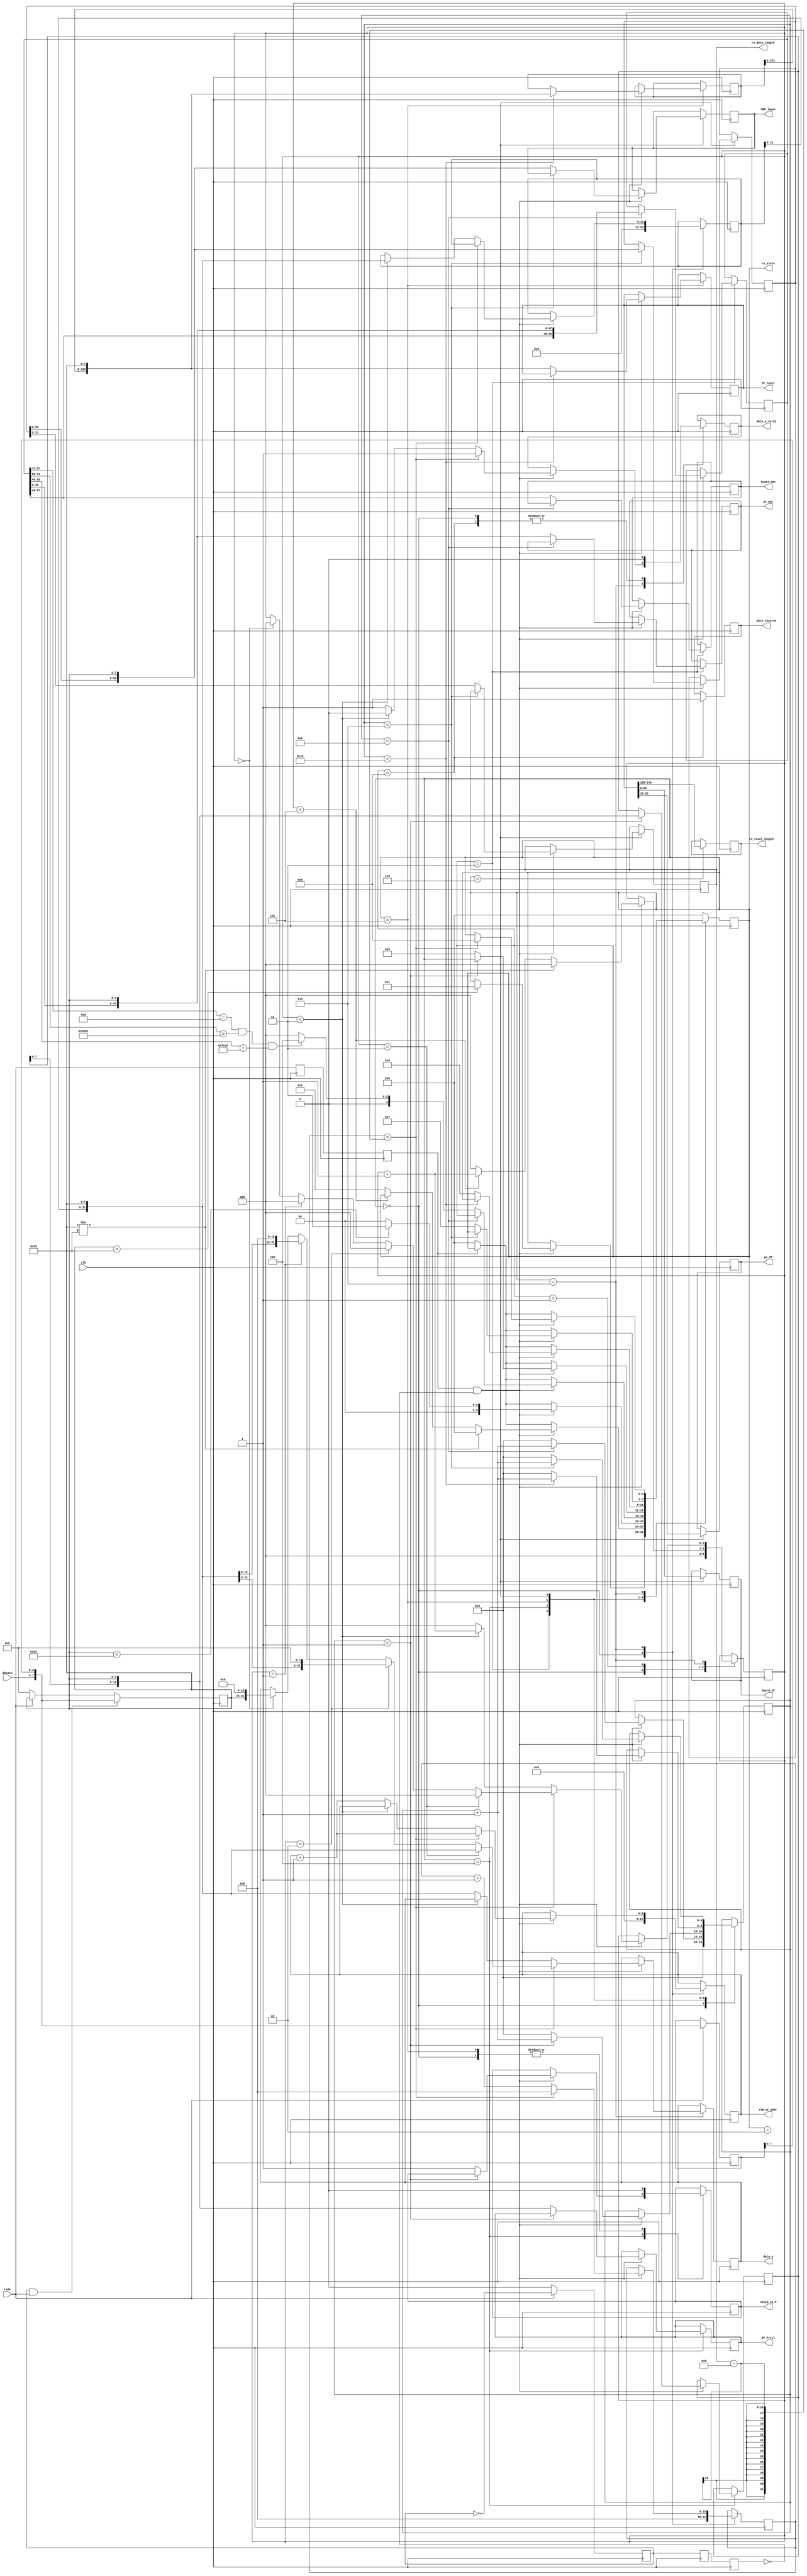
`timescale 1ns / 1ps

module m_iprecieve(
					 input                  clk,
					 input       [3:0]      datain,
					 input                  rxdv,

					 output reg [47:0]      board_mac,
					 output reg [47:0]      pc_mac,
					 output reg [15:0]      IP_Prtcl,
					 output reg [159:0]     IP_layer,
					 output reg [31:0]      pc_IP,
					 output reg [31:0]      board_IP,
					 output reg [63:0]      UDP_layer,
					 output reg [31:0]      data_o,
					 output reg             valid_ip_P,
					 output reg [15:0]      rx_total_length,         //UDP frame
					 output reg             data_o_valid,            //added for receive test// 					 
					 output reg [3:0]       rx_state,
					 output reg [15:0]      rx_data_length,	       //UDP				 
  
					 output reg [8:0]       ram_wr_addr,
					 output reg             data_receive

				);
	 
reg [15:0] myIP_Prtcl;
reg [159:0] myIP_layer;
reg [63:0] myUDP_layer;
reg [31:0] mydata; 
reg [2:0] byte_counter;
reg [4:0] state_counter;
reg [95:0] mymac;
reg [15:0] data_counter;


 
parameter idle=4'd0,six_55=4'd1,spd_d5=4'd2,rx_mac=4'd3,rx_IP_Protocol=4'd4,
          rx_IP_layer=4'd5,rx_UDP_layer=4'd6,rx_data=4'd7,rx_finish=4'd8;
	 
initial
begin
	 rx_state<=idle;
	 data_receive<=1'b0;
end


//4bit->byte
reg [7:0] mybyte;
reg sig;
always @(posedge clk)
begin
	if(rxdv)	begin
			mybyte<={datain,mybyte[7:4]};
			sig<=~sig;
	end
	else begin
		   mybyte<=mybyte;
		   sig<=1'b0;
	end
end

//4bit->byte
reg [7:0] byte_data;
always @(posedge clk)
begin
	if(sig&&rxdv) begin
		byte_data<={datain,mybyte[7:4]};
	end
	else if(!rxdv)
	    byte_data<=8'd0;
end

//generate byte rxdv signal
reg byte_sig_t,byte_sig;
reg byte_rxdv_t,byte_rxdv;

always @(posedge clk)
begin
	byte_sig_t<=sig;
	byte_sig<=byte_sig_t;
	
	byte_rxdv_t<= rxdv;
	byte_rxdv<=byte_rxdv_t;
	
end


always@(posedge clk)
	begin
		case(rx_state)
        idle:	begin
			     valid_ip_P<=1'b0;
			     byte_counter<=3'd0;
			     state_counter<=5'd0;	
				  data_o_valid<=1'b0; 
              data_counter<=10'd0;	
              mydata	<=0;	
              ram_wr_addr<=0;					  
				  if(byte_rxdv&&!byte_sig)  begin
					  if(byte_data==8'h55)
					     rx_state<=six_55; 
				  end
		  end		  
		  six_55:begin                       //60x55			 
				if(byte_rxdv&&!byte_sig) begin				  
		          if(byte_data!=8'h55)begin rx_state<=idle;byte_counter<=3'd0;end
		          else begin 
		               if(byte_counter<3'd5)
								byte_counter<=byte_counter+1'b1;
						   else  begin
								  byte_counter<=3'd0;
								  rx_state<=spd_d5;
							end
					end
				end
				else if(!byte_rxdv) rx_state<=idle;
		   end
			spd_d5: begin                     //0xd5				
				if(byte_rxdv&&!byte_sig) begin
						if(byte_data==8'hd5)
								rx_state<=rx_mac;
						else
								rx_state<=idle;
				end
				else if(!byte_rxdv) rx_state<=idle;
			end
			rx_mac: begin                    //mac addressmac address				
				if(byte_rxdv&&!byte_sig) begin
					if(state_counter<5'd11)	begin
							mymac<={mymac[87:0],byte_data};
							state_counter<=state_counter+1'b1;
					end
					else begin
							board_mac<=mymac[87:40];
							pc_mac<={mymac[39:0],byte_data};
							state_counter<=5'd0;
							if((mymac[87:72]==16'h000a)&&(mymac[71:56]==16'h3501)&&(mymac[55:40]==16'hfec0))   //MAC AddressFPGA
								   rx_state<=rx_IP_Protocol;
							else
								   rx_state<=idle;
					end
				end
				else if(!byte_rxdv) rx_state<=idle;
			end
		   rx_IP_Protocol: begin                 //2IP				
					if(byte_rxdv&&!byte_sig) begin
							if(state_counter<5'd1) begin
								   myIP_Prtcl<={myIP_Prtcl[7:0],byte_data};
								   state_counter<=state_counter+1'b1;
							end
							else begin
									IP_Prtcl<={myIP_Prtcl[7:0],byte_data};
									valid_ip_P<=1'b1;
                           state_counter<=5'd0;
									rx_state<=rx_IP_layer;
							end
						end
					else if(!byte_rxdv) rx_state<=idle;
			 end		              
		    rx_IP_layer: begin               //20udp,ip address		        
				   valid_ip_P<=1'b0;
					if(byte_rxdv&&!byte_sig) begin
							if(state_counter<5'd19)	begin
									myIP_layer<={myIP_layer[151:0],byte_data};
									state_counter<=state_counter+1'b1;
							end
							else begin
									IP_layer<={myIP_layer[151:0],byte_data};									
									state_counter<=5'd0;
									rx_state<=rx_UDP_layer;
							end
					end
					else if(!byte_rxdv) rx_state<=idle;
			end           
			rx_UDP_layer: begin                      //8udp,	 				 
				    rx_total_length<=IP_layer[143:128];
				    pc_IP<=IP_layer[63:32];
				    board_IP<=IP_layer[31:0];
					if(byte_rxdv&&!byte_sig) begin
							if(state_counter<5'd7) begin
								myUDP_layer<={myUDP_layer[55:0],byte_data};
								state_counter<=state_counter+1'b1;
							end
							else begin
								UDP_layer<={myUDP_layer[55:0],byte_data};	
                        rx_data_length<= myUDP_layer[23:8];                //UDP								
								state_counter<=5'd0;
								rx_state<=rx_data;
							end
					end
					else if(!byte_rxdv) rx_state<=idle;
			 end    
			 rx_data:begin                                    //udp    
					if(byte_rxdv&&!byte_sig) begin
					   if (data_counter==rx_data_length-9) begin         //
						    data_counter<=0;
  					       rx_state<=rx_finish;
							 ram_wr_addr<=ram_wr_addr+1'b1;	
							 data_o_valid<=1'b1;               //RAM 							 
						    if(byte_counter==3'd3) begin
								  data_o<={mydata[23:0],byte_data[7:0]};
								  byte_counter<=0;
							 end
						    else if(byte_counter==3'd2) begin
						        data_o<={mydata[15:0],byte_data[7:0],8'h00};       //32bit,0
								  byte_counter<=0;
							 end
						    else if(byte_counter==3'd1) begin
						        data_o<={mydata[7:0],byte_data[7:0],16'h0000};     //32bit,0
								  byte_counter<=0;
							 end
						    else if(byte_counter==3'd0) begin
						        data_o<={byte_data[7:0],24'h000000};              //32bit,0
								  byte_counter<=0;
							 end
						end
						else begin
							 data_counter<=data_counter+1'b1;
						    if(byte_counter<3'd3)	begin
								  mydata<={mydata[23:0],byte_data[7:0]};
								  byte_counter<=byte_counter+1'b1;
					           data_o_valid<=1'b0;  
							 end
							 else begin
						        data_o<={mydata[23:0],byte_data[7:0]};
						        byte_counter<=3'd0;
								  data_o_valid<=1'b1;                        //4byes,ram
                          ram_wr_addr<=ram_wr_addr+1'b1;							  
                      end	
                  end							 
               end
					else if(!byte_rxdv)
  					    rx_state<=idle;
			 end   
			 rx_finish:begin    
   			   data_o_valid<=1'b0;               //added for receive test// 
					data_receive<=1'b1;
					rx_state<=idle;  			  
			 end 
			 default:rx_state<=idle;    
		endcase
		end
endmodule